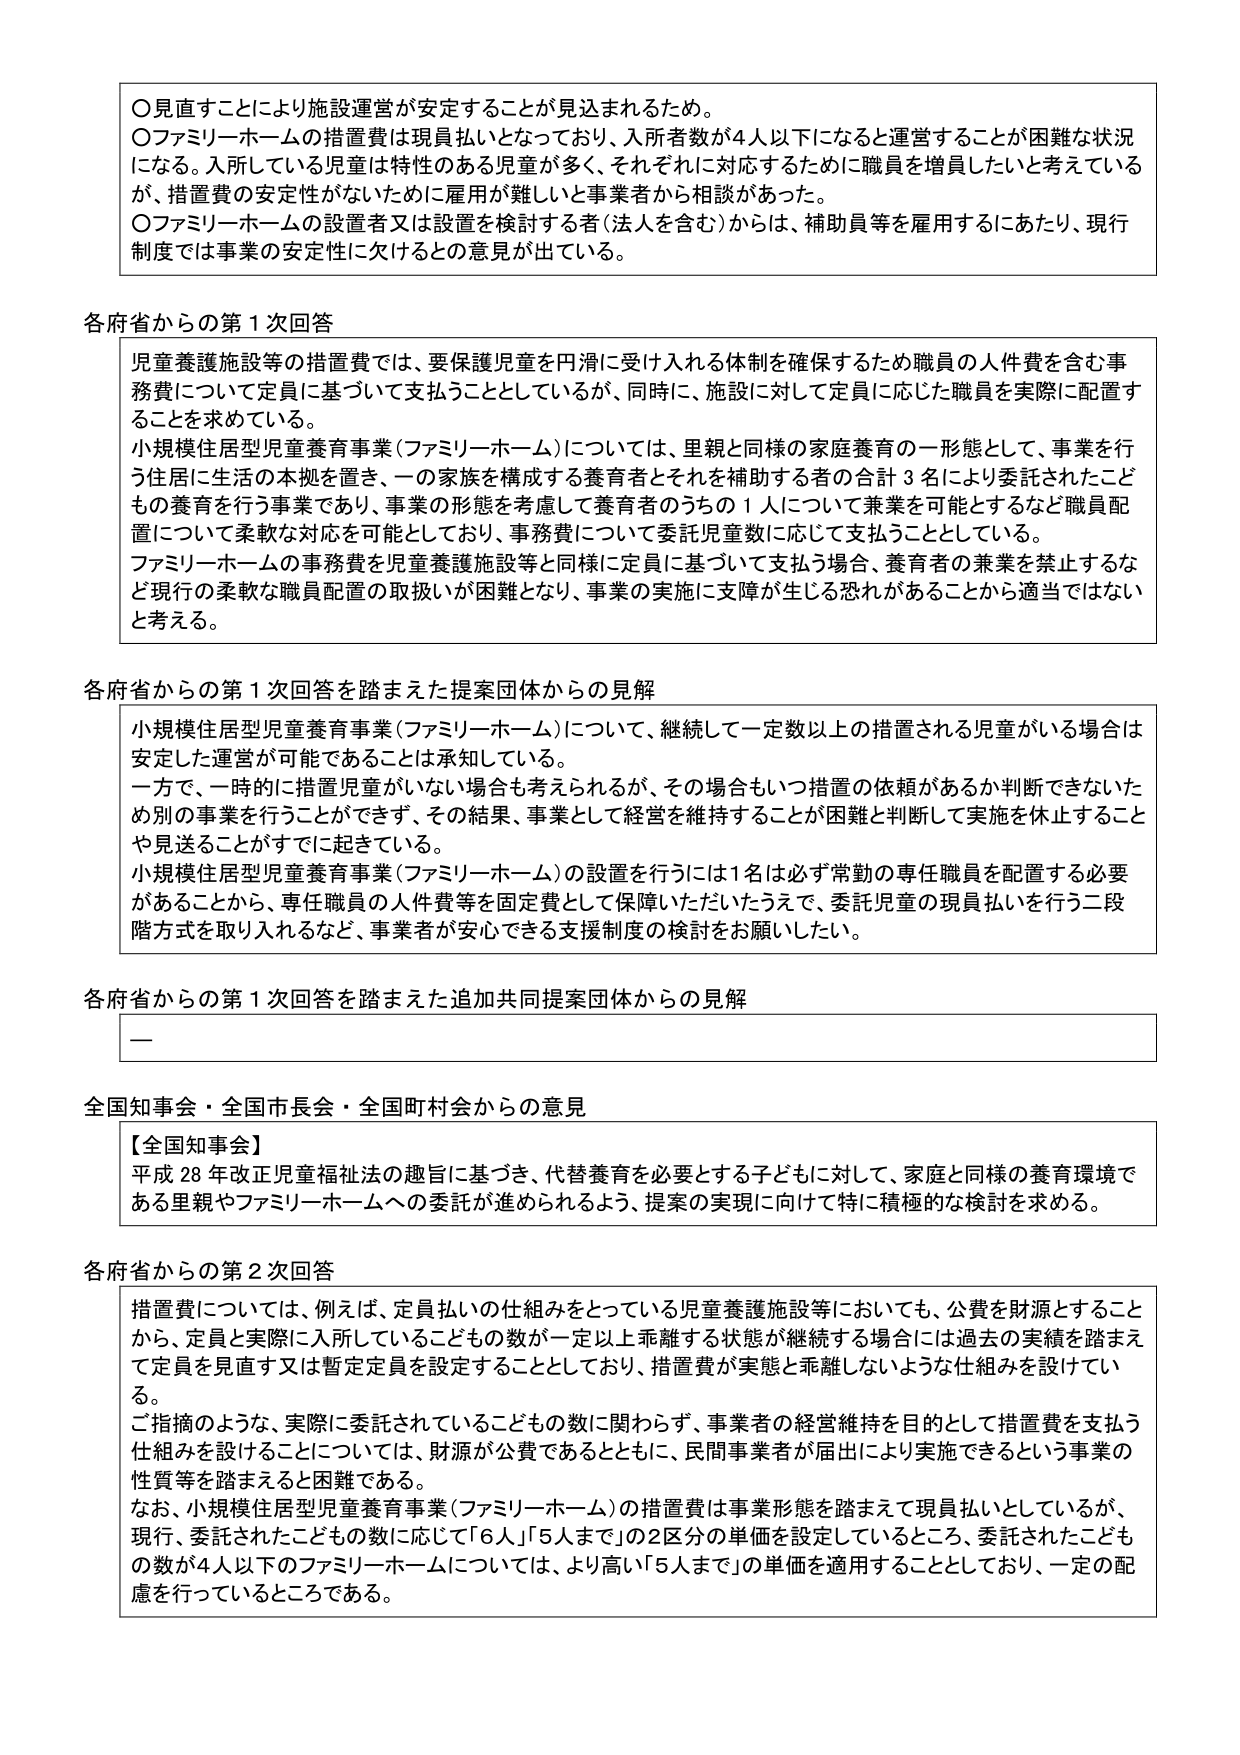
〇見直すことにより施設運営が安定することが見込まれるため。
〇ファミリーホームの措置費は現員払いとなっており、入所者数が4人以下になると運営することが困難な状況になる。入所している児童は特性のある児童が多く、それぞれに対応するために職員を増員したいと考えているが、措置費の安定性がないために雇用が難しいと事業者から相談があった。
〇ファミリーホームの設置者又は設置を検討する者（法人を含む）からは、補助員等を雇用するにあたり、現行制度では事業の安定性に欠けるとの意見が出ている。

各府省からの第1次回答
児童養護施設等の措置費では、要保護児童を円滑に受け入れる体制を確保するため職員の人件費を含む事務費について定員に基づいて支払うこととしているが、同時に、施設に対して定員に応じた職員を実際に配置することを求めている。
小規模住居型児童養育事業（ファミリーホーム）については、里親と同様の家庭養育の一形態として、事業を行う住居に生活の本拠を置き、一の家族を構成する養育者とそれを補助する者の合計3名により委託されたこどもの養育を行う事業であり、事業の形態を考慮して養育者のうちの1人について兼業を可能とするなど職員配置について柔軟な対応を可能としており、事務費について委託児童数に応じて支払うこととしている。
ファミリーホームの事務費を児童養護施設等と同様に定員に基づいて支払う場合、養育者の兼業を禁止するなど現行の柔軟な職員配置の取扱いが困難となり、事業の実施に支障が生じる恐れがあることから適当ではないと考える。

各府省からの第1次回答を踏まえた提案団体からの見解
小規模住居型児童養育事業（ファミリーホーム）について、継続して一定数以上の措置される児童がいる場合は安定した運営が可能であることは承知している。
一方で、一時的に措置児童がいない場合も考えられるが、その場合もいつ措置の依頼があるか判断できないため別の事業を行うことができず、その結果、事業として経営を維持することが困難と判断して実施を休止することや見送ることがすでに起きている。
小規模住居型児童養育事業（ファミリーホーム）の設置を行うには1名は必ず常勤の専任職員を配置する必要があることから、専任職員の人件費等を固定費として保障いただいたうえで、委託児童の現員払いを行う二段階方式を取り入れるなど、事業者が安心できる支援制度の検討をお願いしたい。

各府省からの第1次回答を踏まえた追加共同提案団体からの見解
—

全国知事会・全国市長会・全国町村会からの意見
【全国知事会】
平成28年改正児童福祉法の趣旨に基づき、代替養育を必要とする子どもに対して、家庭と同様の養育環境である里親やファミリーホームへの委託が進められるよう、提案の実現に向けて特に積極的な検討を求める。

各府省からの第2次回答
措置費については、例えば、定員払いの仕組みをとっている児童養護施設等においても、公費を財源とすることから、定員と実際に入所しているこどもの数が一定以上乖離する状態が継続する場合には過去の実績を踏まえて定員を見直す又は暫定定員を設定することとしており、措置費が実態と乖離しないような仕組みを設けている。
ご指摘のような、実際に委託されているこどもの数に関わらず、事業者の経営維持を目的として措置費を支払う仕組みを設けることについては、財源が公費であるとともに、民間事業者が届出により実施できるという事業の性質等を踏まえると困難である。
なお、小規模住居型児童養育事業（ファミリーホーム）の措置費は事業形態を踏まえて現員払いとしているが、現行、委託されたこどもの数に応じて「6人」「5人まで」の2区分の単価を設定しているところ、委託されたこどもの数が4人以下のファミリーホームについては、より高い「5人まで」の単価を適用することとしており、一定の配慮を行っているところである。